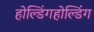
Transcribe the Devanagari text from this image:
होल्डिंगहोल्डिंग